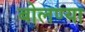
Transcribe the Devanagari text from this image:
बोलण्या